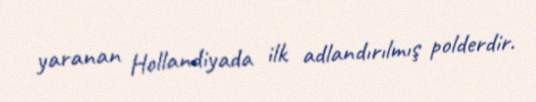
yaranan Hollandiyada ilk adlandırılmış polderdir.